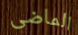
الماضى